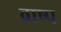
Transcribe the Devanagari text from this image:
वाष्‍प